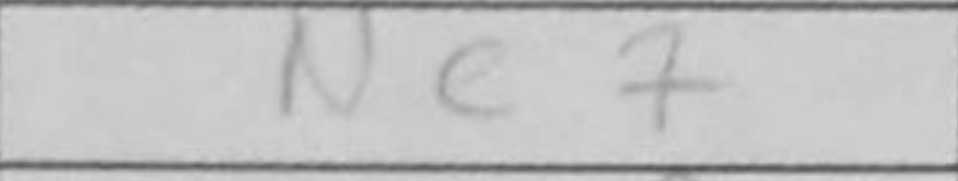
Transcription: Nc7